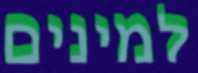
למינים